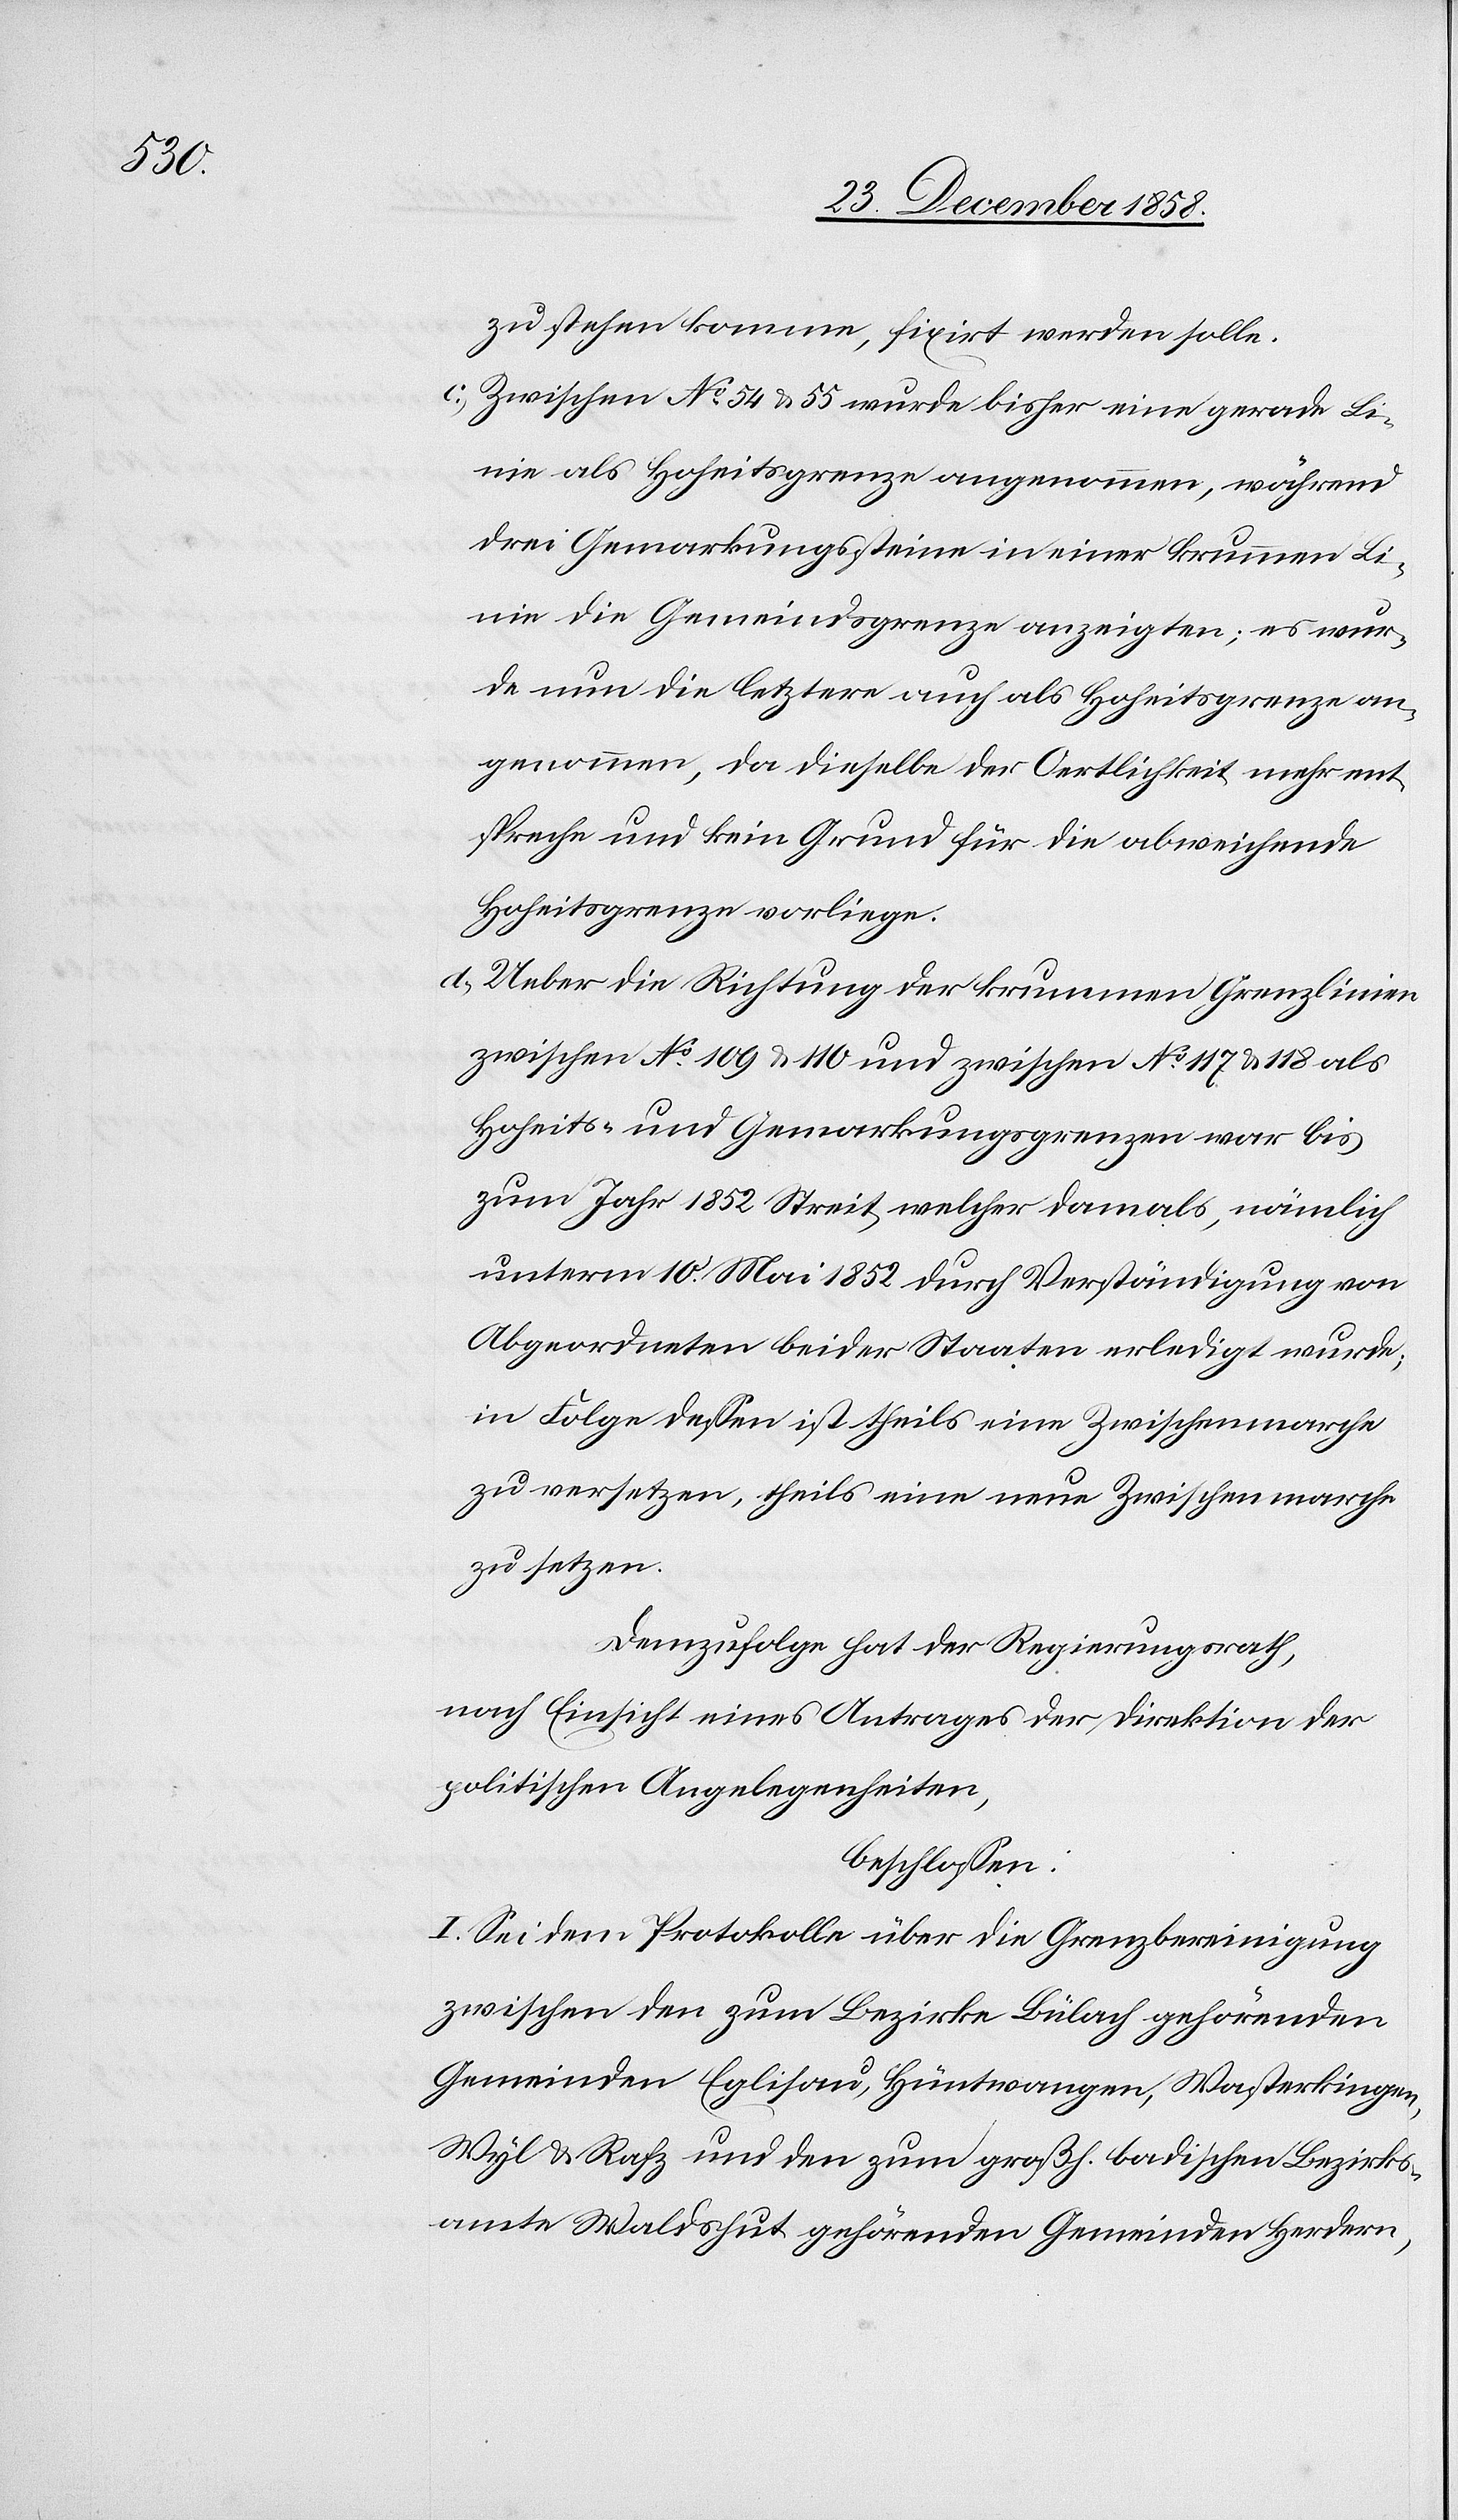
zu stehen komme, fixirt werden solle.
Zwischen No 54 & 55 wurde bisher eine gerade Li¬
nie als Hoheitsgrenze angenommen, während
drei Gemarkungssteine in einer krummen Li¬
nie die Gemeindsgrenze anzeigten; es wur¬
de nun die letztere auch als Hoheitsgrenze an¬
genommen, da dieselbe der Oertlichkeit mehr ent¬
spreche und kein Grund für die abweichende
Hoheitsgrenze vorliege.
Ueber die Richtung der krummen Grenzlinien
zwischen No 109 & 110 und zwischen No 117 & 118 als
Hoheits- und Gemarkungsgrenzen war bis
zum Jahr 1852 Streit, welcher damals, nämlich
unterm 10. Mai 1852 durch Verständigung von
Abgeordneten beider Staaten erledigt wurde;
in Folge dessen ist theils eine Zwischenmarche
zu versetzen, theils eine neue Zwischenmarche
zu setzen.
Demzufolge hat der Regierungsrath,
nach Einsicht eines Antrages der Direktion der
politischen Angelegenheiten,
beschlossen:
I. Sei dem Protokolle über die Grenzbereinigung
zwischen den zum Bezirke Bülach gehörenden
Gemeinden Eglisau, Hüntwangen, Wasterkingen,
Wyl & Rafz und den zum großh. badischen Bezirks¬
amte Waldshut gehörenden Gemeinden Herdern,